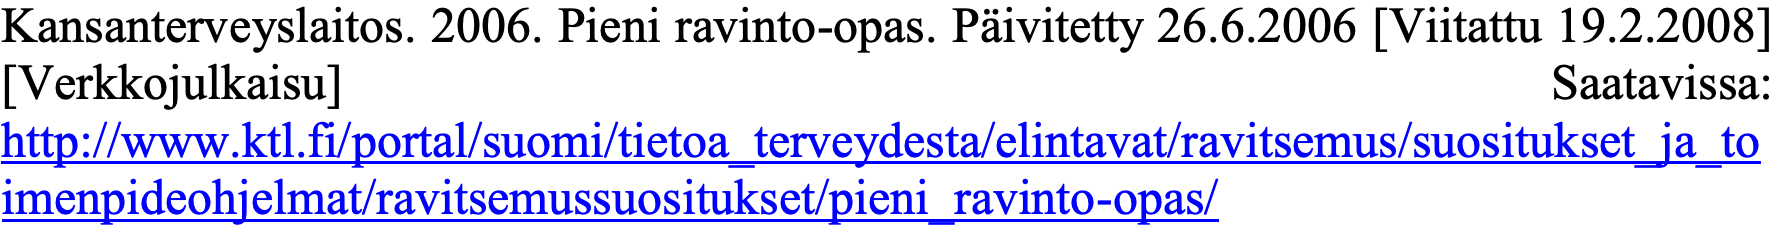
Kansanterveyslaitos. 2006. Pieni ravinto-opas. Päivitetty 26.6.2006 [Viitattu 19.2.2008] [Verkkojulkaisu]                                   Saatavissa: http://www.ktl.fi/portal/suomi/tietoa_terveydesta/elintavat/ravitsemus/suositukset_ja_to imenpideohjelmat/ravitsemussuositukset/pieni_ravinto-opas/